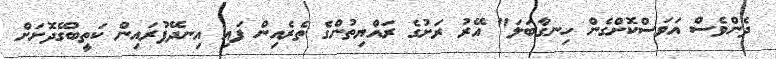
ދެންވެސް އަވަސްކޮށްގެން ހިނގާބަލަ" އޭރު ރަށުގެ ރައްޔިތުންގެ ތެރެއިން ފައި އިނދޭފުރައިން ކަތީބުގޭދޮށަށް